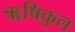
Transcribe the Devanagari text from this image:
ॠषिकुल